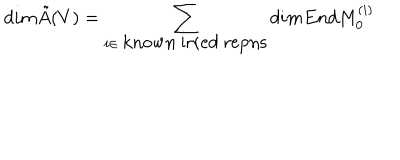
LaTeX: d i m \tilde { A } ( V ) = \sum _ { i \in \mathrm { k n o w n ~ i r r e d ~ r e p n s } } d i m E n d M _ { 0 } ^ { ( i ) }